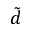
\tilde { d }